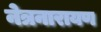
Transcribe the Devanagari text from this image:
नेत्रनारायण